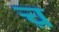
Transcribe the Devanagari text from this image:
च़